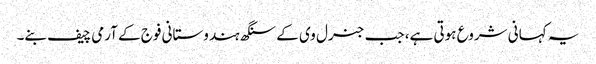
یہ کہانی شروع ہوتی ہے، جب جنرل وی کے سنگھ ہندوستانی فوج کے آرمی چیف بنے۔